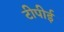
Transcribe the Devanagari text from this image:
टीपीई